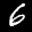
Label: 6